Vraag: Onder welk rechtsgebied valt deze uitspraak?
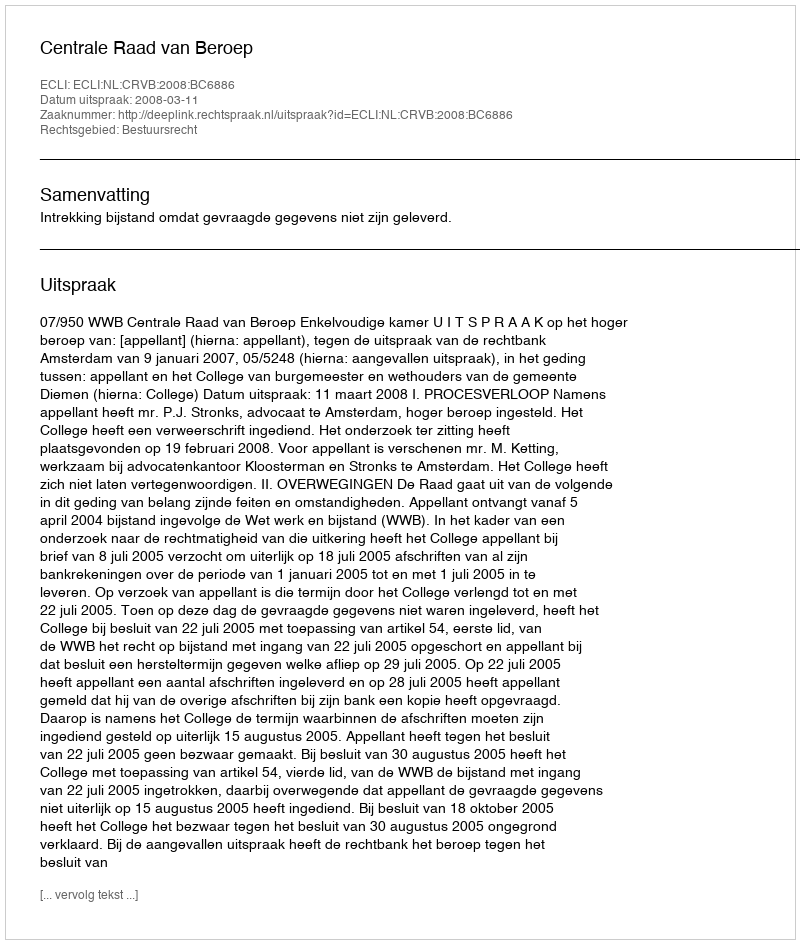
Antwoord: Bestuursrecht